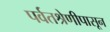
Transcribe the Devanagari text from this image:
पर्वतश्रेणीपासून